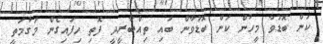
ކަން ބޮޑުވާ މީހުން ކަން ބޮޑުވާން ބައި ތިއްބާރީދީ ފޮތި ހިފައިގެން މަގުމަތީ